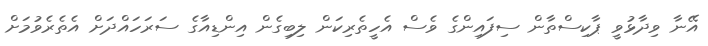
އޭނާ ވިދާޅުވީ ޕާކިސްތާން ސިފައިންގެ ވެސް އެހީތެރިކަން ލިބިގެން އިންޑިއާގެ ސަރަހައްދަށް އެތެރެވުމަށް